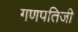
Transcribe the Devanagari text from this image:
गणपतिजी